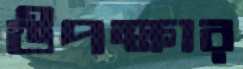
উপক্ষার